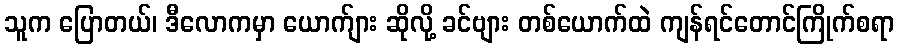
သူက ပြောတယ်၊ ဒီလောကမှာ ယောက်ျား ဆိုလို့ ခင်ဗျား တစ်ယောက်ထဲ ကျန်ရင်တောင်ကြိုက်စရာ